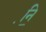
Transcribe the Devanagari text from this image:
नि़॒